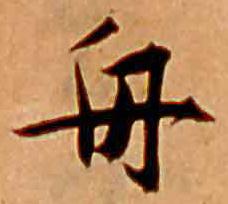
舟